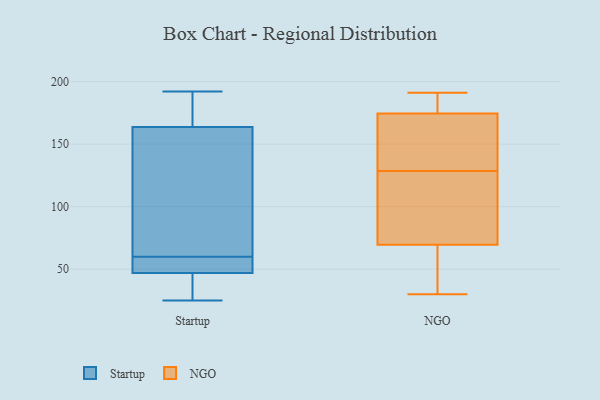
{"axis": {"x": "Tickets Resolved", "y": "Value"}, "legend": ["NGO", "Startup"], "data": [{"x": "", "y": 192, "type": "Startup"}, {"x": "", "y": 163, "type": "Startup"}, {"x": "", "y": 192, "type": "Startup"}, {"x": "", "y": 73, "type": "Startup"}, {"x": "", "y": 54, "type": "Startup"}, {"x": "", "y": 60, "type": "Startup"}, {"x": "", "y": 25, "type": "Startup"}, {"x": "", "y": 42, "type": "Startup"}, {"x": "", "y": 50, "type": "Startup"}, {"x": "", "y": 164, "type": "Startup"}, {"x": "", "y": 46, "type": "Startup"}, {"x": "", "y": 191, "type": "NGO"}, {"x": "", "y": 79, "type": "NGO"}, {"x": "", "y": 168, "type": "NGO"}, {"x": "", "y": 120, "type": "NGO"}, {"x": "", "y": 179, "type": "NGO"}, {"x": "", "y": 137, "type": "NGO"}, {"x": "", "y": 60, "type": "NGO"}, {"x": "", "y": 30, "type": "NGO"}, {"x": "", "y": 52, "type": "NGO"}, {"x": "", "y": 102, "type": "NGO"}, {"x": "", "y": 175, "type": "NGO"}, {"x": "", "y": 95, "type": "NGO"}, {"x": "", "y": 174, "type": "NGO"}, {"x": "", "y": 50, "type": "NGO"}, {"x": "", "y": 153, "type": "NGO"}, {"x": "", "y": 182, "type": "NGO"}]}